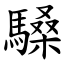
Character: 䮣